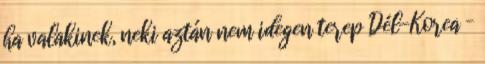
ha valakinek, neki aztán nem idegen terep Dél-Korea –